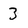
Character: 3